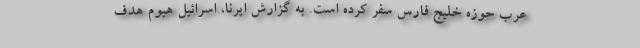
عرب حوزه خلیج فارس سفر کرده است. به گزارش ایرنا، اسرائیل هیوم هدف